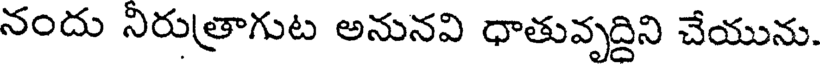
నందు నిరుత్రాగుట అనునవి ధాతువృద్దిని చేయును.